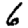
Digit: 6